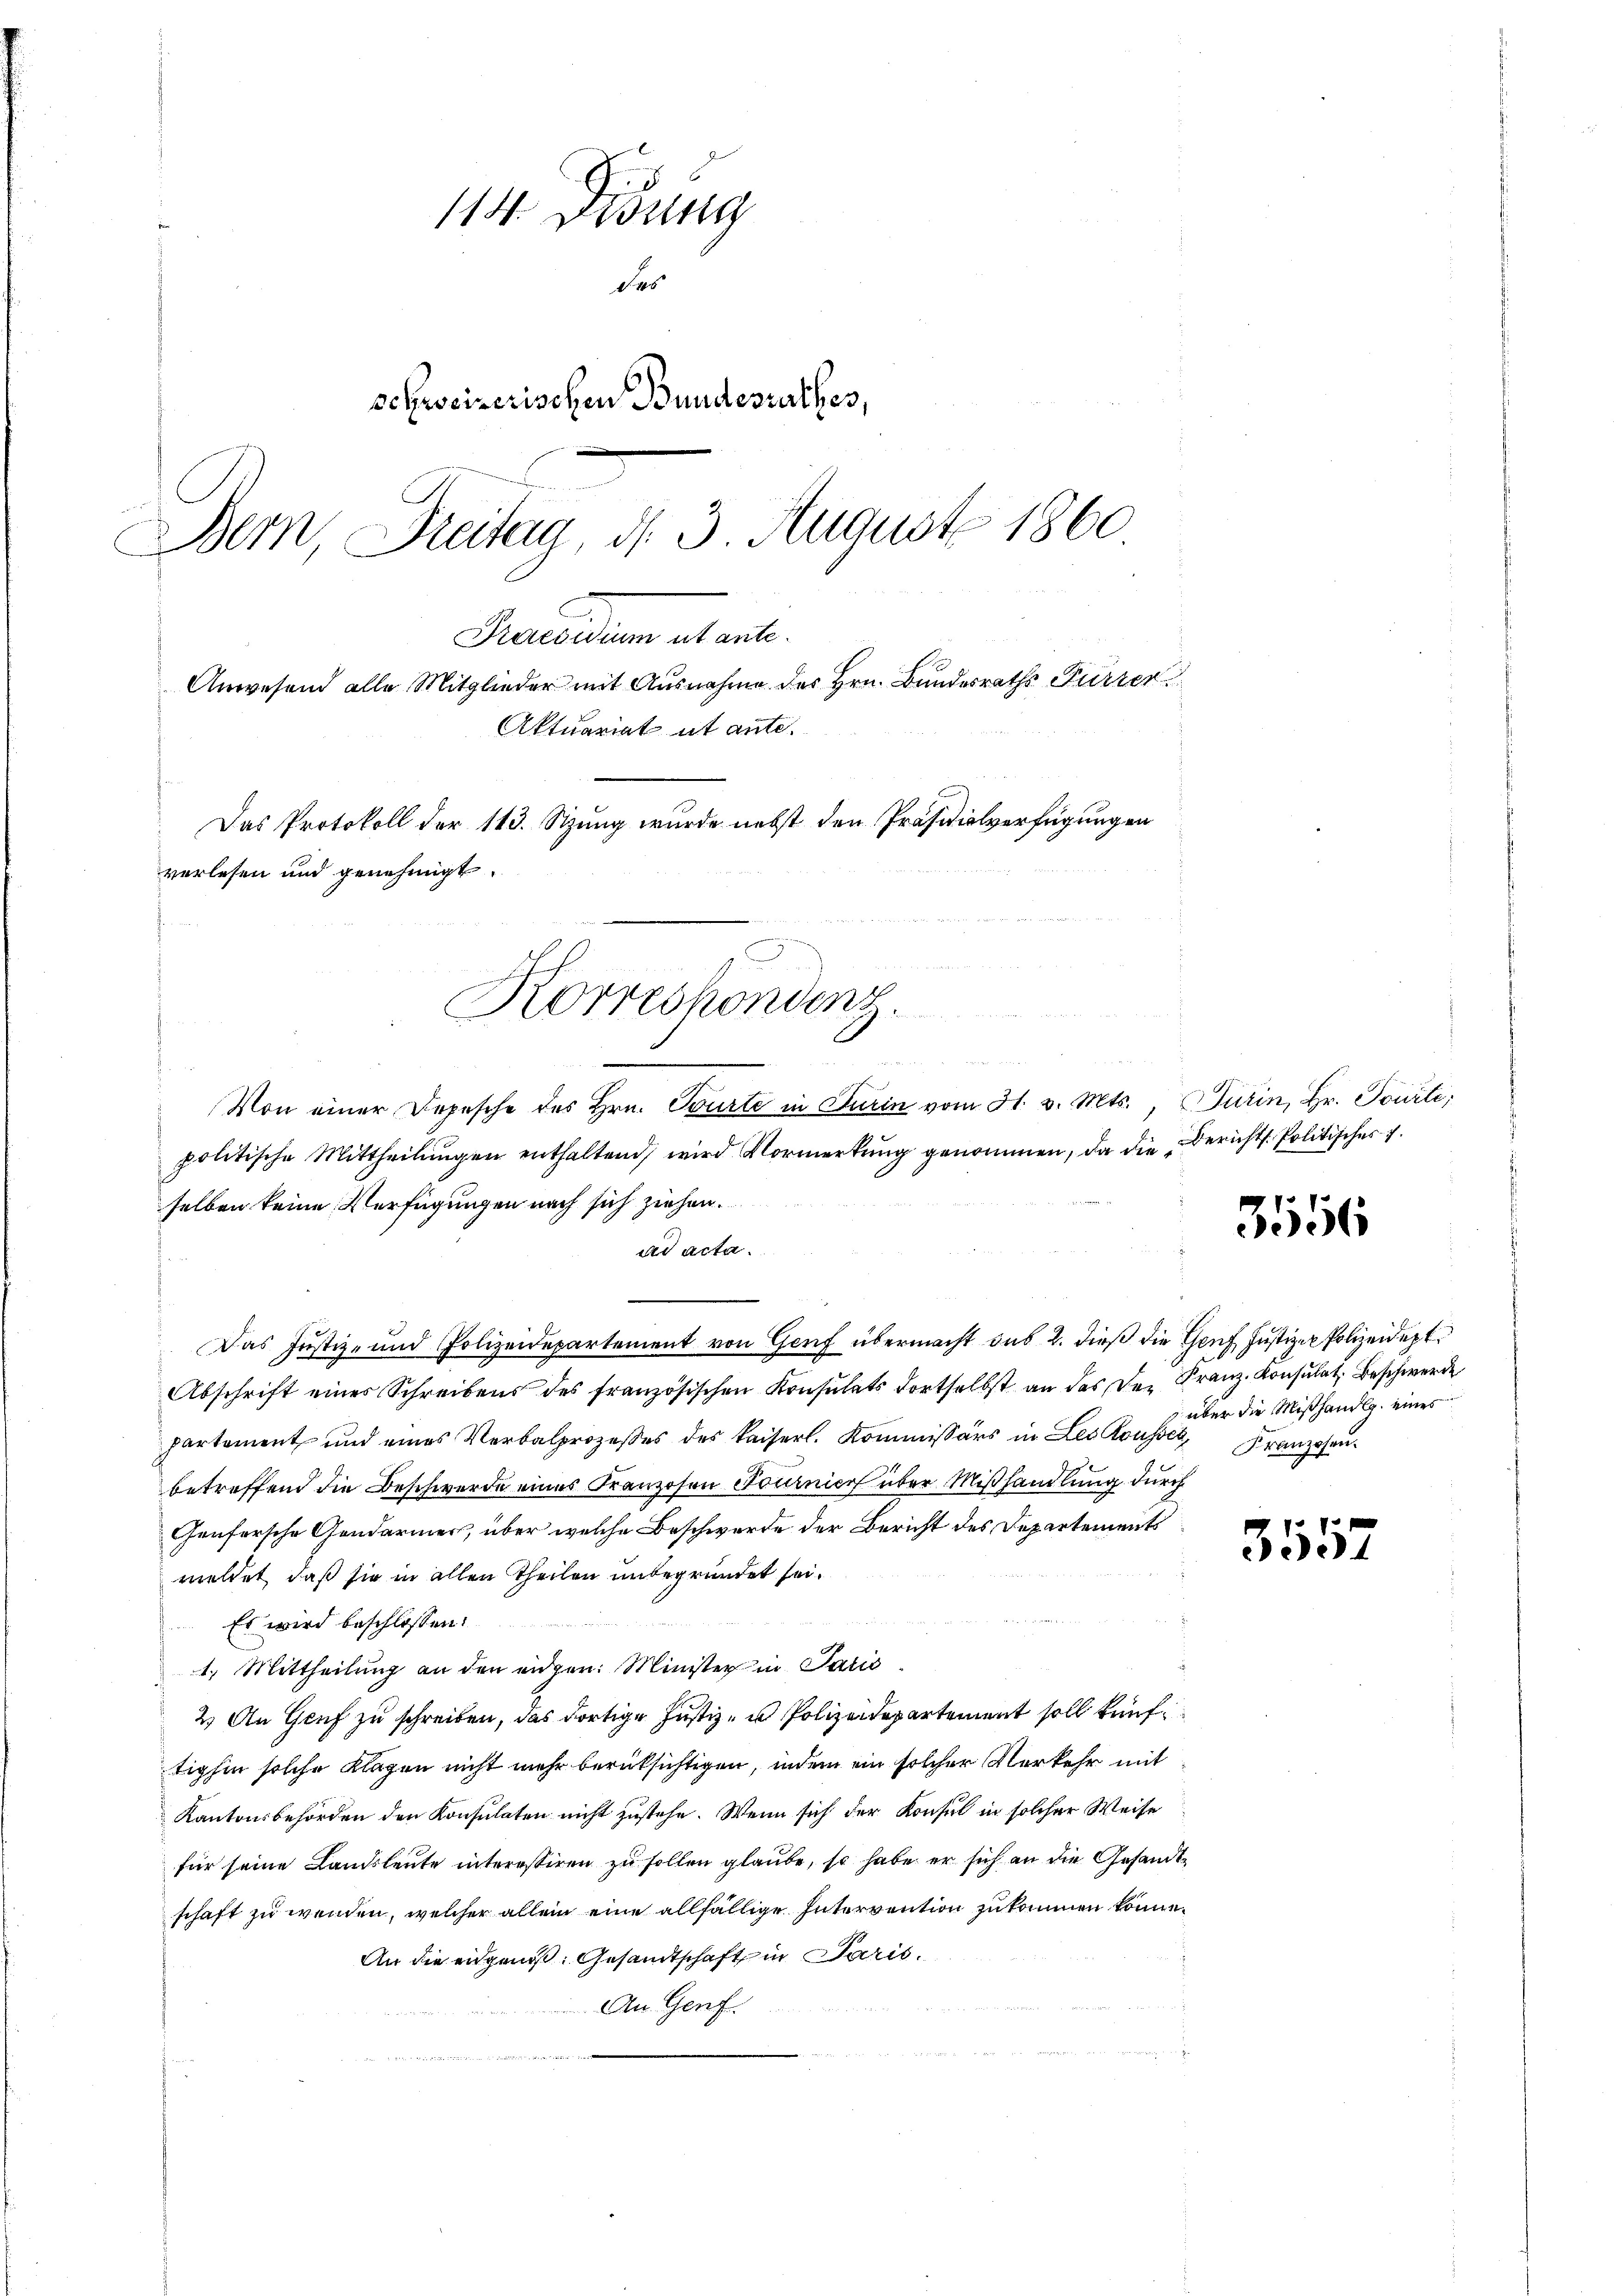
114. Didung
des
schweizerischen Bundesrathes,
Bem, Dreitag, d. 3. August 1860
Praesidum et aute.
Anwesend alle Mitglieder mit Ausnahme des Hrn. Bundesraths Furrer
Aktuariat ut ante.
Das Protokoll der 143. Stzung wurde nebst den Präsidialverfügungen
verlesen und genehmigt.

Korresponung.

Von einer Depesche des Hrn. Tourte in Turin vom 31. v. Mts., Turin, Hr. Tourti,
politische Mittheilŭngen enthaltend, wird Vormerkŭng genommen, da die Bericht. Politisches 7.
selben keine Verfügungen nach sich ziehen.
ad acta.
.
Das Justiz- und Polizeidepartement von Genf übermacht sub 2. dieß die Genf, Justizer Polizeidept
Abschrift eines Schreibens des französischen Konsulats dortselbst an das der Franz. Konsulat, Beschwerde
partement und eines Verbalprozesses des Kaiserl. Kommissärs in Lex Rousser Franzosenbetreffend die Beschwerde eines Franzosen Tournier über Mißhandlung durch
Genfersche Gondarmes, über welche Beschwerde der Bericht des Departements
meldet, daß sie in allen Theilen unbegründet sei.
Es wird beschlossen:
1.) Mittheilung an den angen. Minister in Paris
2.) An Genf zu schreiben, das dortige Justiz- u Polizeidepartement soll künftighin solche Klagen nicht mehr berücksichtigen, indem ein solcher Verkehr mit
Kantonsbehörden den Konsulaten nicht zustehe. Wenn sich der Konsul in solcher Weise
für seine Landsleute interessiren zu sollen glaube, so habe er sich an die Gesandtschaft zu wenden, welcher allein eine allfällige Intervention zu kommen könne.
An die eidgenoß. Gesandtschaft in Paris.
An Genf.

a

316

über die Mißhandlg. eines

3557